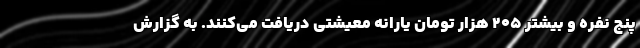
پنج نفره و بیشتر ۲۰۵ هزار تومان یارانه معیشتی دریافت می‌کنند. به گزارش